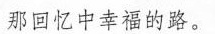
那回忆中幸福的路。